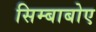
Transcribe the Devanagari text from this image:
सिम्बाबोए